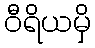
ဝီရိယမှိ